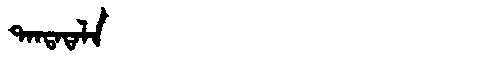
Manchu: ᡨᠠᠨᡨᠠᡨᠠᠯᠠ
Romanization: TANTATALA